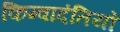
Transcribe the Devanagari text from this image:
किम्वादंतियों